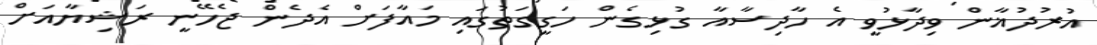
އުރުދުޣާން ވިދާޅުވީ އެ ހާދިސާއާ ގުޅިގެން ހަގީގަތުގައި މައާފަށް އެދެން ޖެހޭނީ ރަޝިޔާއަށް